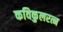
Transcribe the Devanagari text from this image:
कविकुलरत्न